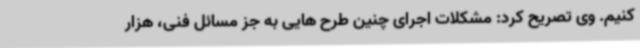
کنیم. وی تصریح کرد: مشکلات اجرای چنین طرح هایی به جز مسائل فنی، هزار